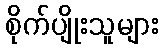
စိုက်ပျိုးသူများ